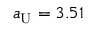
a _ { \mathrm { U } } = 3 . 5 1